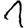
Digit: 1